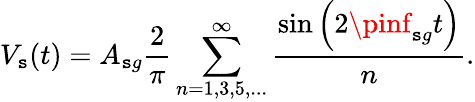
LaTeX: V_{\mathtt{s}}(t)=A_{\mathtt{s}g}\frac{{2}}{{\pi}}\sum_{n=1,3,5,...}^{\infty}\frac{{\sin\left(2\pinf_{\mathtt{s}g}t\right)}}{{n}}.